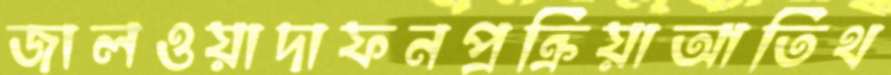
জালওয়াদাফনপ্রক্রিয়াআতিথ